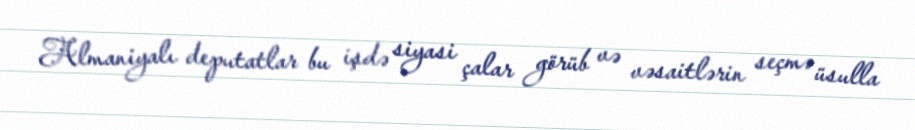
Almaniyalı deputatlar bu işdə siyasi çalar görüb və vəsaitlərin seçmə üsulla